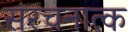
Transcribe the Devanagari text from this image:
संरचनात्क